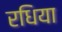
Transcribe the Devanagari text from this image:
रधिया